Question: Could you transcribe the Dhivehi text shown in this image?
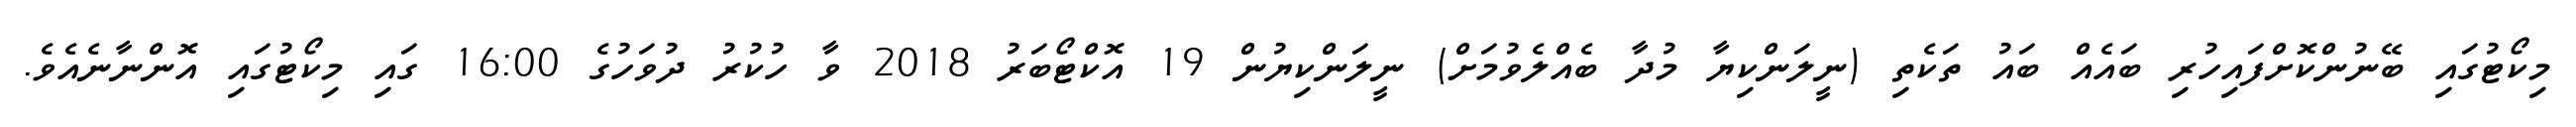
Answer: މިކޯޓުގައި ބޭނުންކޮށްފައިހުރި ބައެއް ބައު ތަކެތި (ނީލަންކިޔާ މުދާ ބެއްލެވުމަށް) ނީލަންކިޔުން 19 އޮކްޓޯބަރު 2018 ވާ ހުކުރު ދުވަހުގެ 16:00 ގައި މިކޯޓުގައި އޮންނާނެއެވެ.